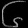
Digit: ၆